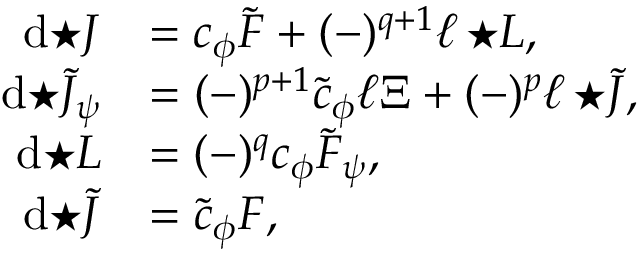
\begin{array} { r l } { \mathrm { d } { \star J } } & { = c _ { \phi } \tilde { F } + ( - ) ^ { q + 1 } \ell \, { \star L } , } \\ { \mathrm { d } { \star \tilde { J } _ { \psi } } } & { = ( - ) ^ { p + 1 } \tilde { c } _ { \phi } \ell \Xi + ( - ) ^ { p } \ell \, { \star \tilde { J } } , } \\ { \mathrm { d } { \star L } } & { = ( - ) ^ { q } c _ { \phi } \tilde { F } _ { \psi } , } \\ { \mathrm { d } { \star \tilde { J } } } & { = \tilde { c } _ { \phi } F , } \end{array}